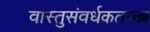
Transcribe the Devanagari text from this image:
वास्तुसंवर्धकतज्ज्ञ